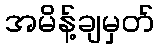
အမိန့်ချမှတ်